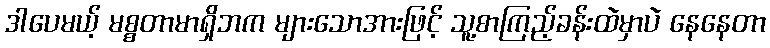
ဒါပေမယ့် မစ္စတာမာရှိဘက များသောအားဖြင့် သူ့စာကြည့်ခန်းထဲမှာပဲ နေနေတာ